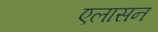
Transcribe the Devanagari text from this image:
एलासन